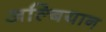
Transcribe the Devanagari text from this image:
अल्बियान